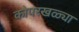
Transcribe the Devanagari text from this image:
कोपरखळ्या